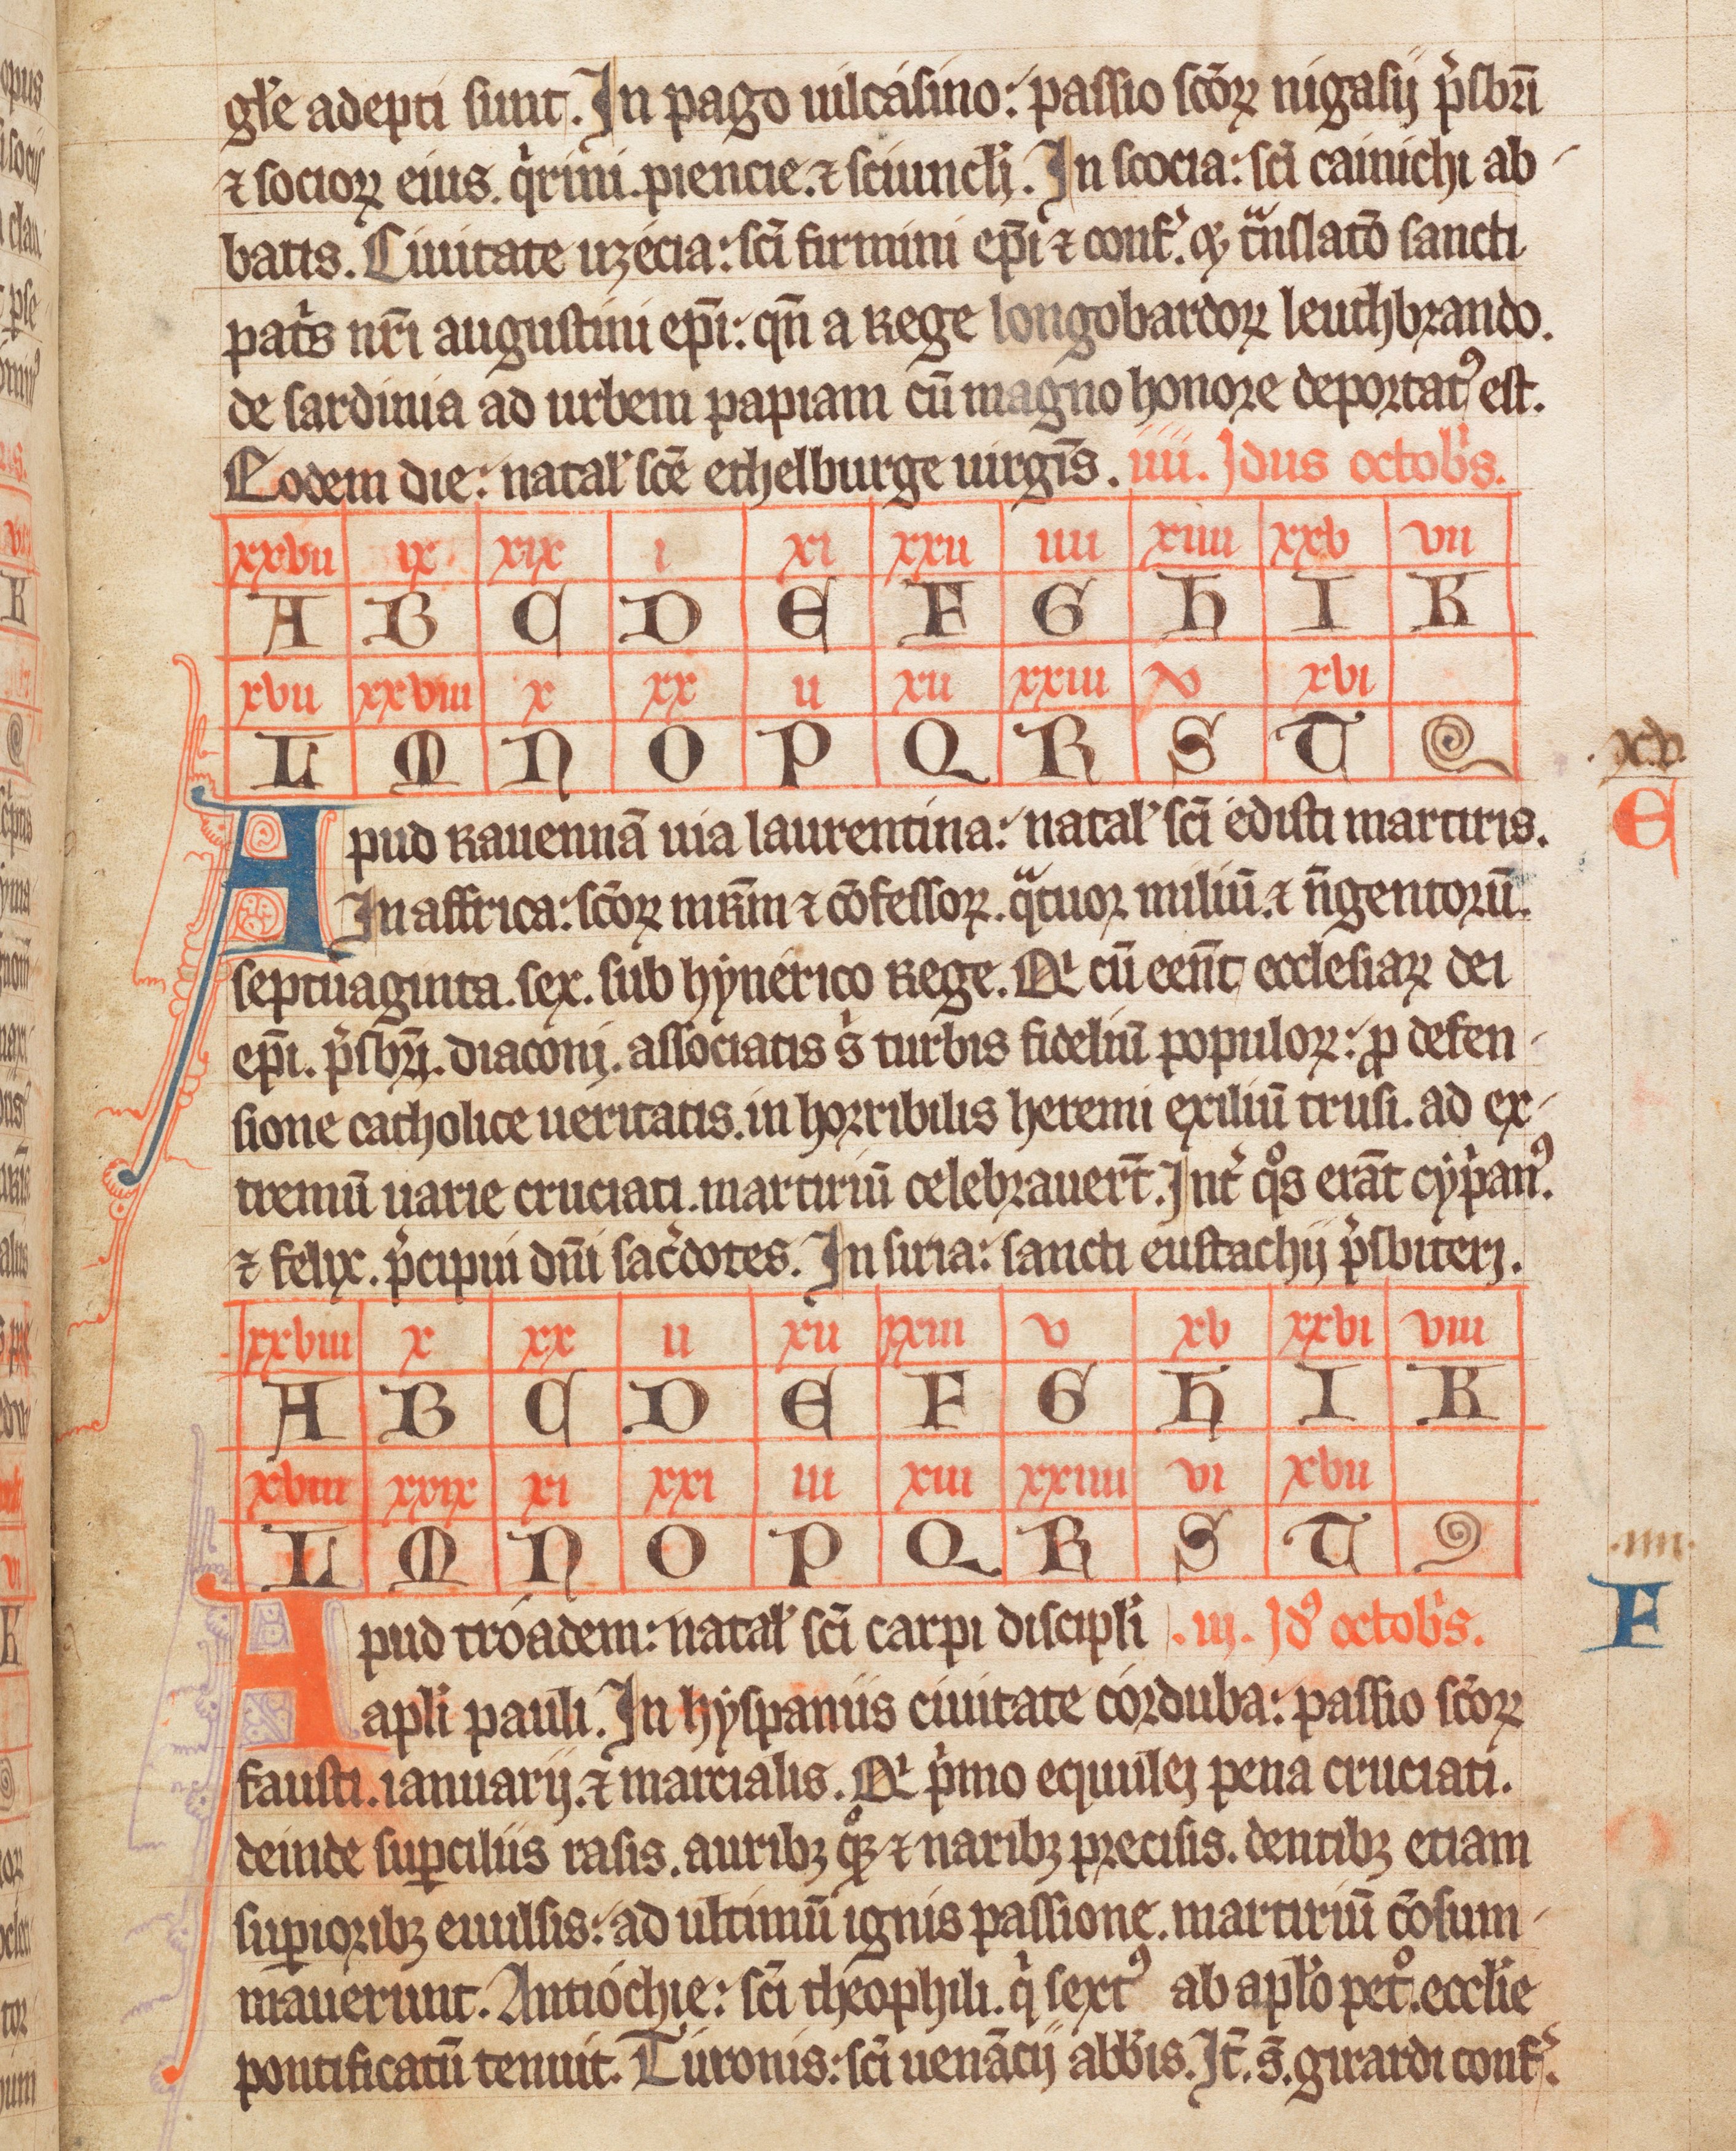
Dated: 1338–1338